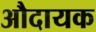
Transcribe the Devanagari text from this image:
औदायक